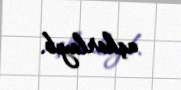
aşkarlayıb.